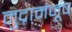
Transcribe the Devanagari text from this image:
मुद्रामंजूष